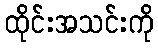
ထိုင်းအသင်းကို